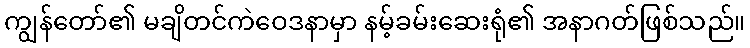
ကျွန်တော်၏ မချိတင်ကဲဝေဒနာမှာ နမ့်ခမ်းဆေးရုံ၏ အနာဂတ်ဖြစ်သည်။